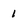
Character: 1